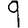
Digit: 9